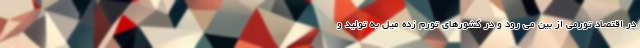
در اقتصاد تورمی از بین می رود و در کشورهای تورم زده میل به تولید و